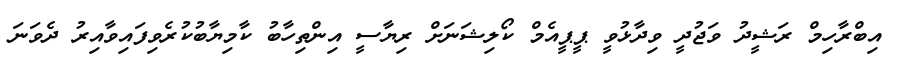
އިބްރާހިމް ރަޝީދު ވަޖުދީ ވިދާޅުވީ ޕީޕީއެމް ކޯލިޝަނަށް ރިޔާސީ އިންތިހާބު ކާމިޔާބުކުރެވިފައިވާއިރު ދެވަނަ